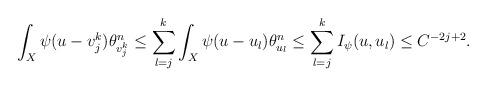
LaTeX: \begin{align*}\int_{X}\psi(u - v_{j}^{k}) \theta^{n}_{v_{j}^{k}} \leq \sum_{l=j}^{k} \int_{X}\psi(u - u_{l}) \theta^{n}_{u_{l}} \leq \sum_{l = j}^{k} I_{\psi}(u,u_{l})\leq C^{-2j+2}.\end{align*}